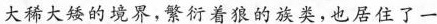
大稀大矮的境界，繁衍着狼的族类，也居住了一